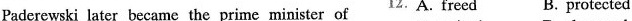
Paderewski later became the prime minister of 12.A. freed B. protected